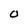
Character: O